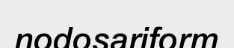
nodosariform